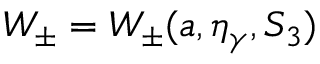
W _ { \pm } = W _ { \pm } ( a , \eta _ { \gamma } , S _ { 3 } )